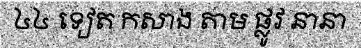
៤៤ ទៀត កសាង តាម ផ្លូវ នានា